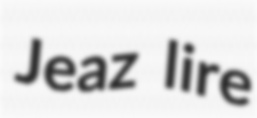
Jeaz lire